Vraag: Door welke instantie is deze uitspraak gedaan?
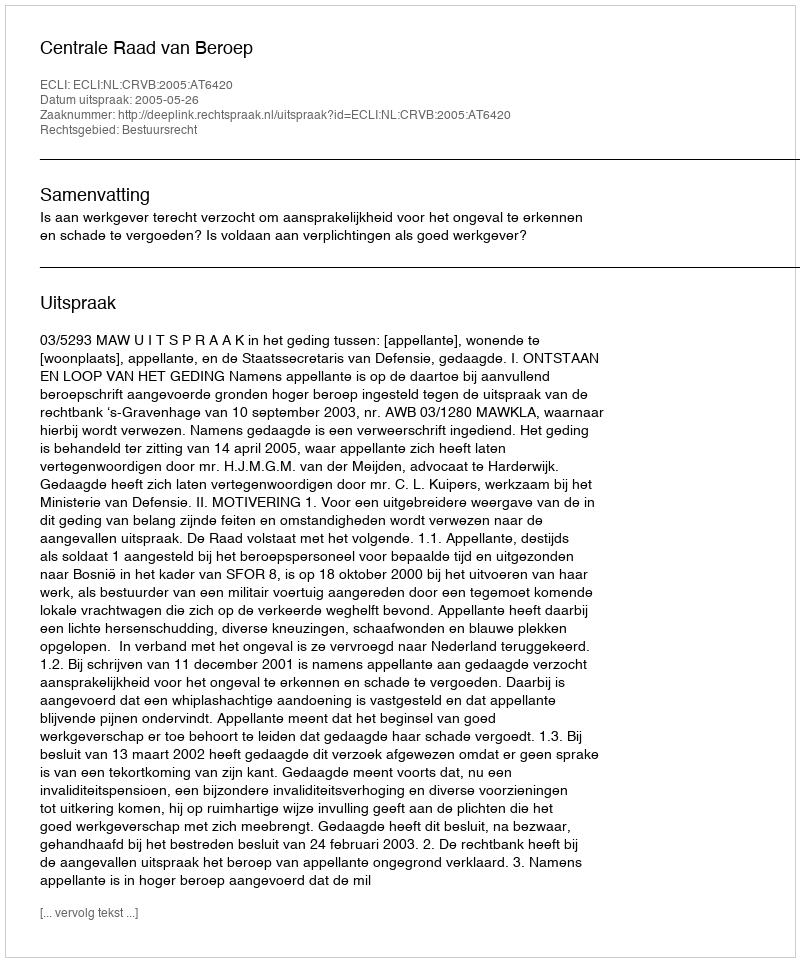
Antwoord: Centrale Raad van Beroep